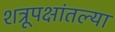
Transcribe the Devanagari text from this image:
शत्रूपक्षांतल्या